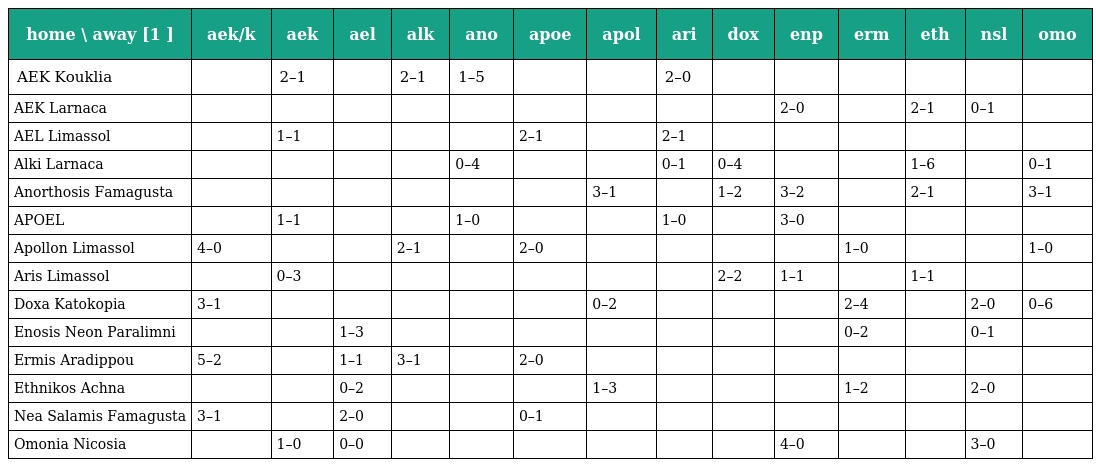
| home \ away [1 ] | aek/k | aek | ael | alk | ano | apoe | apol | ari | dox | enp | erm | eth | nsl | omo |
 | --- | --- | --- | --- | --- | --- | --- | --- | --- | --- | --- | --- | --- | --- | --- |
 | AEK Kouklia |  | 2–1 |  | 2–1 | 1–5 |  |  | 2–0 |  |  |  |  |  |  |
 | AEK Larnaca |  |  |  |  |  |  |  |  |  | 2–0 |  | 2–1 | 0–1 |  |
 | AEL Limassol |  | 1–1 |  |  |  | 2–1 |  | 2–1 |  |  |  |  |  |  |
 | Alki Larnaca |  |  |  |  | 0–4 |  |  | 0–1 | 0–4 |  |  | 1–6 |  | 0–1 |
 | Anorthosis Famagusta |  |  |  |  |  |  | 3–1 |  | 1–2 | 3–2 |  | 2–1 |  | 3–1 |
 | APOEL |  | 1–1 |  |  | 1–0 |  |  | 1–0 |  | 3–0 |  |  |  |  |
 | Apollon Limassol | 4–0 |  |  | 2–1 |  | 2–0 |  |  |  |  | 1–0 |  |  | 1–0 |
 | Aris Limassol |  | 0–3 |  |  |  |  |  |  | 2–2 | 1–1 |  | 1–1 |  |  |
 | Doxa Katokopia | 3–1 |  |  |  |  |  | 0–2 |  |  |  | 2–4 |  | 2–0 | 0–6 |
 | Enosis Neon Paralimni |  |  | 1–3 |  |  |  |  |  |  |  | 0–2 |  | 0–1 |  |
 | Ermis Aradippou | 5–2 |  | 1–1 | 3–1 |  | 2–0 |  |  |  |  |  |  |  |  |
 | Ethnikos Achna |  |  | 0–2 |  |  |  | 1–3 |  |  |  | 1–2 |  | 2–0 |  |
 | Nea Salamis Famagusta | 3–1 |  | 2–0 |  |  | 0–1 |  |  |  |  |  |  |  |  |
 | Omonia Nicosia |  | 1–0 | 0–0 |  |  |  |  |  |  | 4–0 |  |  | 3–0 |  |